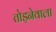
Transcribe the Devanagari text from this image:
तोड़नेवाला